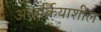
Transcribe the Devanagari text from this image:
अन्तर्क्रियाशील